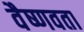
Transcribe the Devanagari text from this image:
वैष्णवता